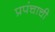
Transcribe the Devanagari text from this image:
प्रपंचाची